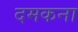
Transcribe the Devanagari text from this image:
दमकना